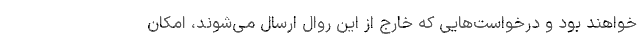
خواهند بود و درخواست‌هایی که خارج از این روال ارسال می‌شوند، امکان